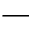
-